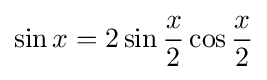
\sin x=2\sin {\frac {x}{2}}\cos {\frac {x}{2}}